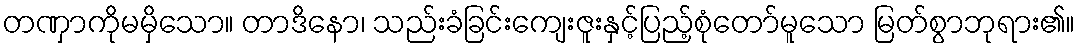
တဏှာကိုမမှိသော။ တာဒိနော၊ သည်းခံခြင်းကျေးဇူးနှင့်ပြည့်စုံတော်မူသော မြတ်စွာဘုရား၏။